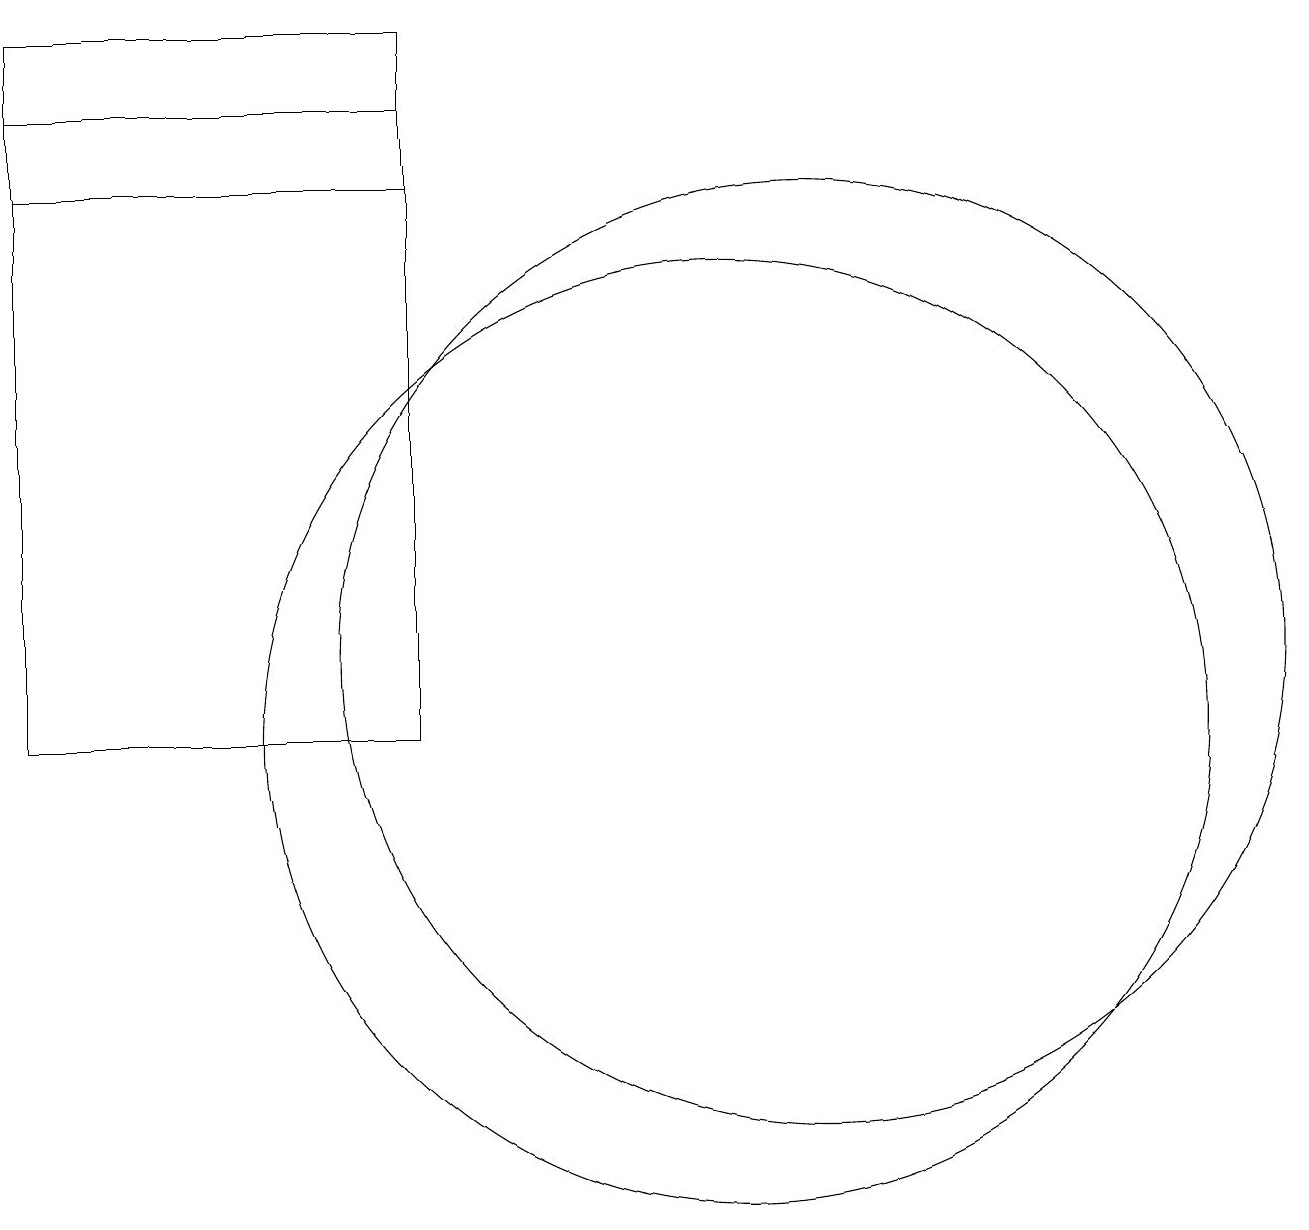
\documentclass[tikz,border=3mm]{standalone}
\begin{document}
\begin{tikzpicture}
\draw (11,12) circle (0);
\draw (11,11) circle (6);
\draw (10,10) circle (6);
\draw (1,18) rectangle (6,17);
\draw (6,10) rectangle (1,19);
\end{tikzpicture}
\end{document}